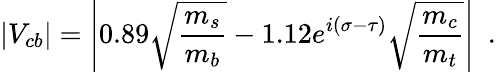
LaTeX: |V_{cb}|=\left|0.89\sqrt{{\frac{m_{s}}{m_{b}}}}-1.12e^{i(\sigma-\tau)}\sqrt{{\frac{m_{c}}{m_{t}}}}\right|~~.